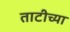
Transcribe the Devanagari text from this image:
ताटीच्या